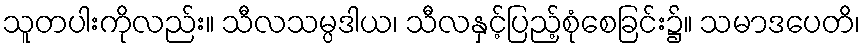
သူတပါးကိုလည်း။ သီလသမ္ပဒါယ၊ သီလနှင့်ပြည့်စုံစေခြင်း၌။ သမာဒပေတိ၊